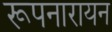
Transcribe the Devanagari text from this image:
रूपनारायन